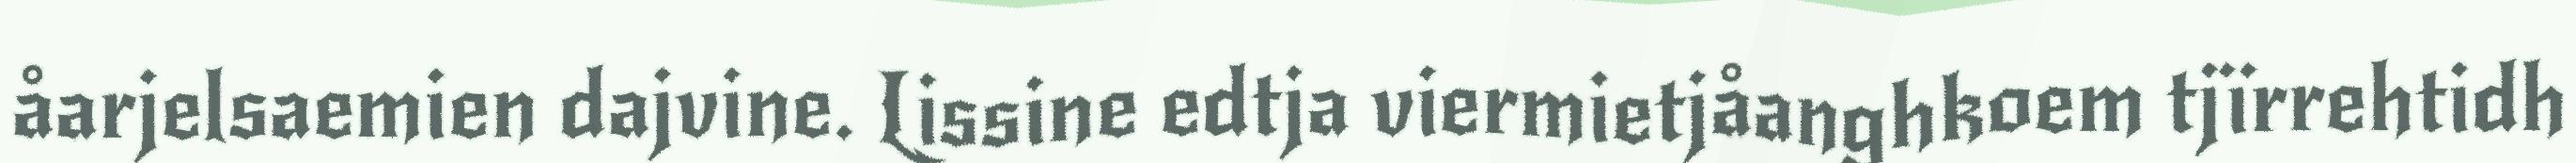
åarjelsaemien dajvine. Lissine edtja viermietjåanghkoem tjïrrehtidh